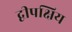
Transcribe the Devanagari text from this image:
द्वीपक्षिय